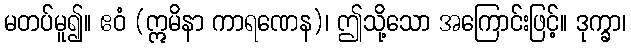
မတပ်မူ၍။ ဧဝံ (ဣမိနာ ကာရဏေန)၊ ဤသို့သော အကြောင်းဖြင့်။ ဒုက္ခာ၊